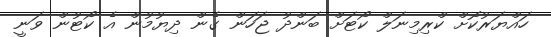
ހައްޔަރުކޮށް ކްރިމިނަލް ކޯޓަށް ބަންދު ޖަހަން ގެން ދިޔުމުން އެ ކޯޓުން ވަނީ